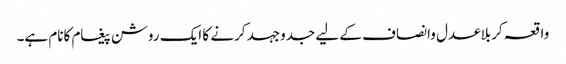
واقعہ کربلاعدل وانصاف کے لیے جدوجہد کرنے کا ایک روشن پیغام کانام ہے۔